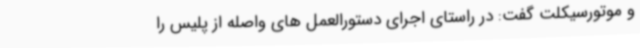
و موتورسیکلت گفت: در راستای اجرای دستورالعمل های واصله از پلیس را